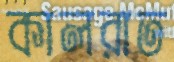
কালরাত